Civil Veterinary Dept. Bombay admin report 1932-41 - 1932-1941
Year: 1932
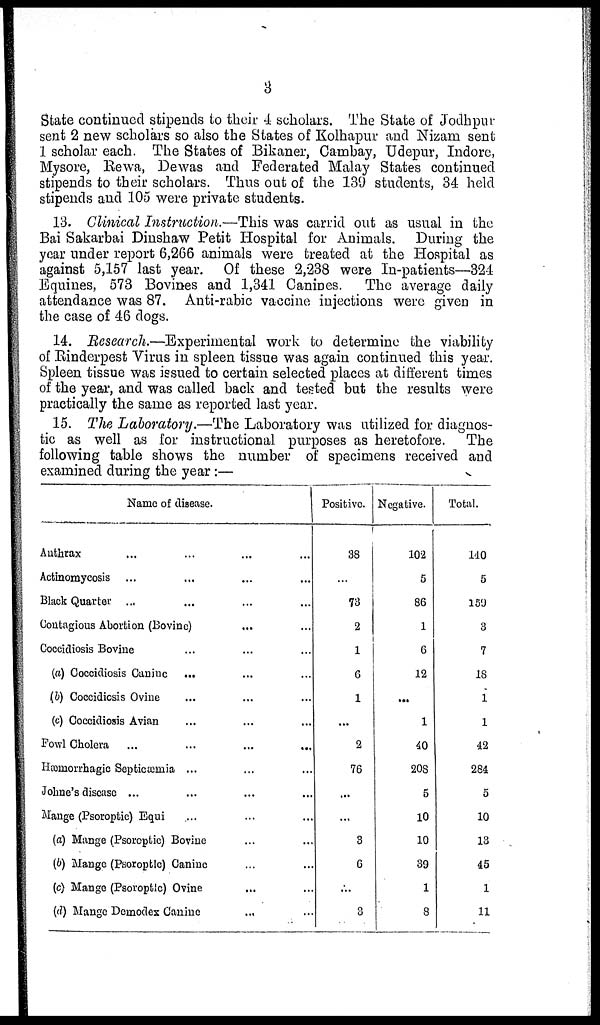
3
State continued stipends to their 4 scholars. The State of Jodhpur
sent 2 new scholars so also the States of Kolhapur and Nizam sent
1 scholar each. The States of Bikaner, Cambay, Udepur, Indore,
Mysore, Rewa, Dewas and Federated Malay States continued
stipends to their scholars. Thus out of the 139 students, 34 held
stipends and 105 were private students.
13. Clinical Instruction.—This was carrid out as usual in the
Bai Sakarbai Dinshaw Petit Hospital for Animals. During the
year under report 6,266 animals were treated at the Hospital as
against 5,157 last year. Of these 2,238 were In-patients—324
Equines, 573 Bovines and 1,341 Canines.
The average daily
attendance was 87. Anti-rabic vaccine injections were given in
the case of 46 dogs.
14. Research.—Experimental work to determine the viability
of Rinderpest Virus in spleen tissue was again continued this year.
Spleen tissue was issued to certain selected places at different times
of the year, and was called back and tested but the results were
practically the same as reported last year.
15. The Laboratory.—The Laboratory was utilized for diagnos-
tic as well as for instructional purposes as heretofore.
The
following table shows the number of specimens received and
examined during the year:—
Name of disease.
Anthrax ... ... ... ...
Actinomycosis ... ... ... ...
Black Quarter ... ... ... ...
Contagious Abortion (Bovine) ... ...
Coccidiosis Bovine ... ... ...
(a) Coccidiosis Canine ... ... ...
(b) Coccidiosis Ovine ... ... ...
(c) Coccidiosis Avian ... ... ...
Fowl Cholera ... ... ... ...
Hæmorrhagic Septicæmia ... ... ...
Johne's disease ... ... ... ...
Mange (Psoroptic) Equi ... ... ...
(a) Mange (Psoroptic) Bovine ... ...
(b) Mange (Psoroptic) Canine ... ...
(c) Mange (Psoroptic) Ovine ... ...
(d) Mange Demodex Canine ... ...
Positive.
38
...
73
2
1
6
1
...
2
76
...
...
3
6
...
3
Negative.
102
5
86
1
6
12
...
1
40
208
5
10
10
39
1
8
Total.
140
5
159
3
7
18
1
1
42
284
5
10
13
45
1
11